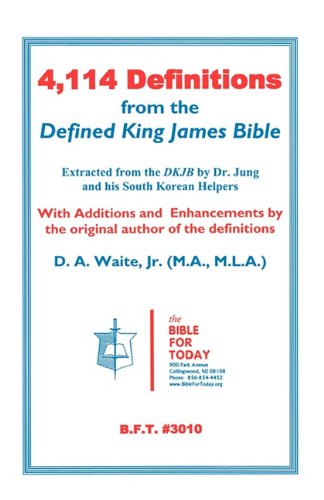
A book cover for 4,114 Definitions from the Defined King James Bible; D. A. Jr. Waite; Christian Books & Bibles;